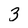
Character: 3